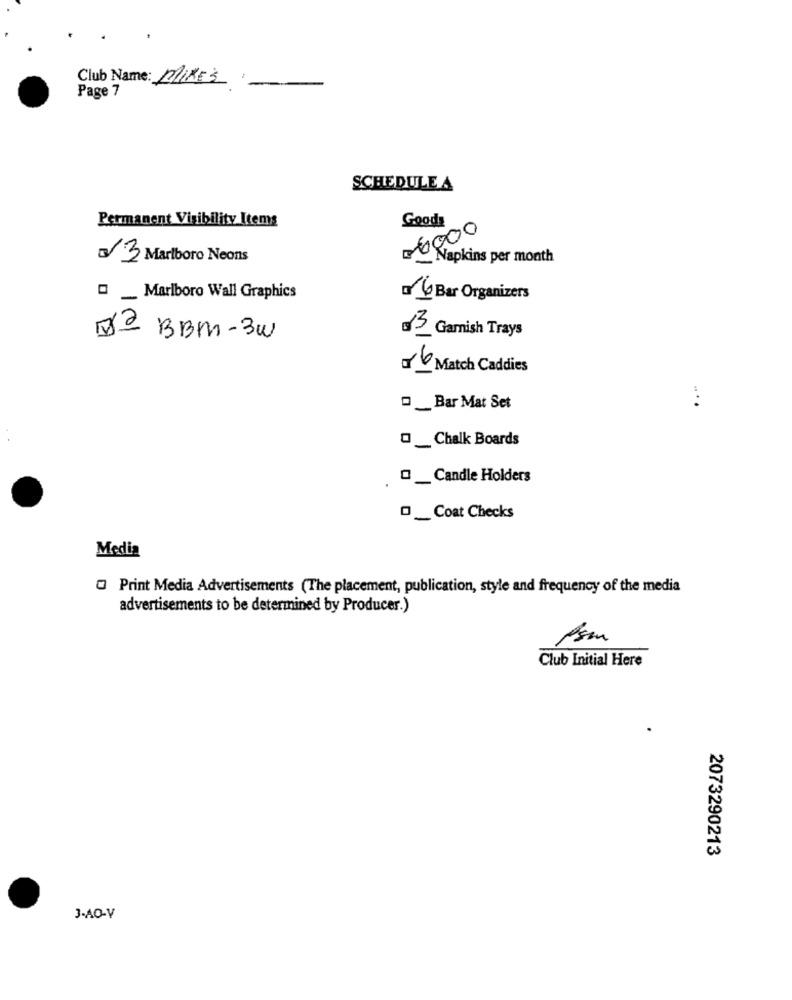
Club Name: MIKE'S
Page 7
SCHEDULE A
Permanent Visibility Items
06000
Goods
03 Marlboro Neons
Napkins per month
_ Marlboro Wall Graphics
W Bar Organizers
D2 BBM-3W
03 Garnish Trays
001 Match Caddies
D _ Bar Mat Set
....
O _ Chalk Boards
._ Candle Holders
D _Coat Checks
Media
Print Media Advertisements (The placement, publication, style and frequency of the media
advertisements to be determined by Producer.)
Club Initial Here
2073290213
3-AO-V